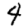
Digit: 4